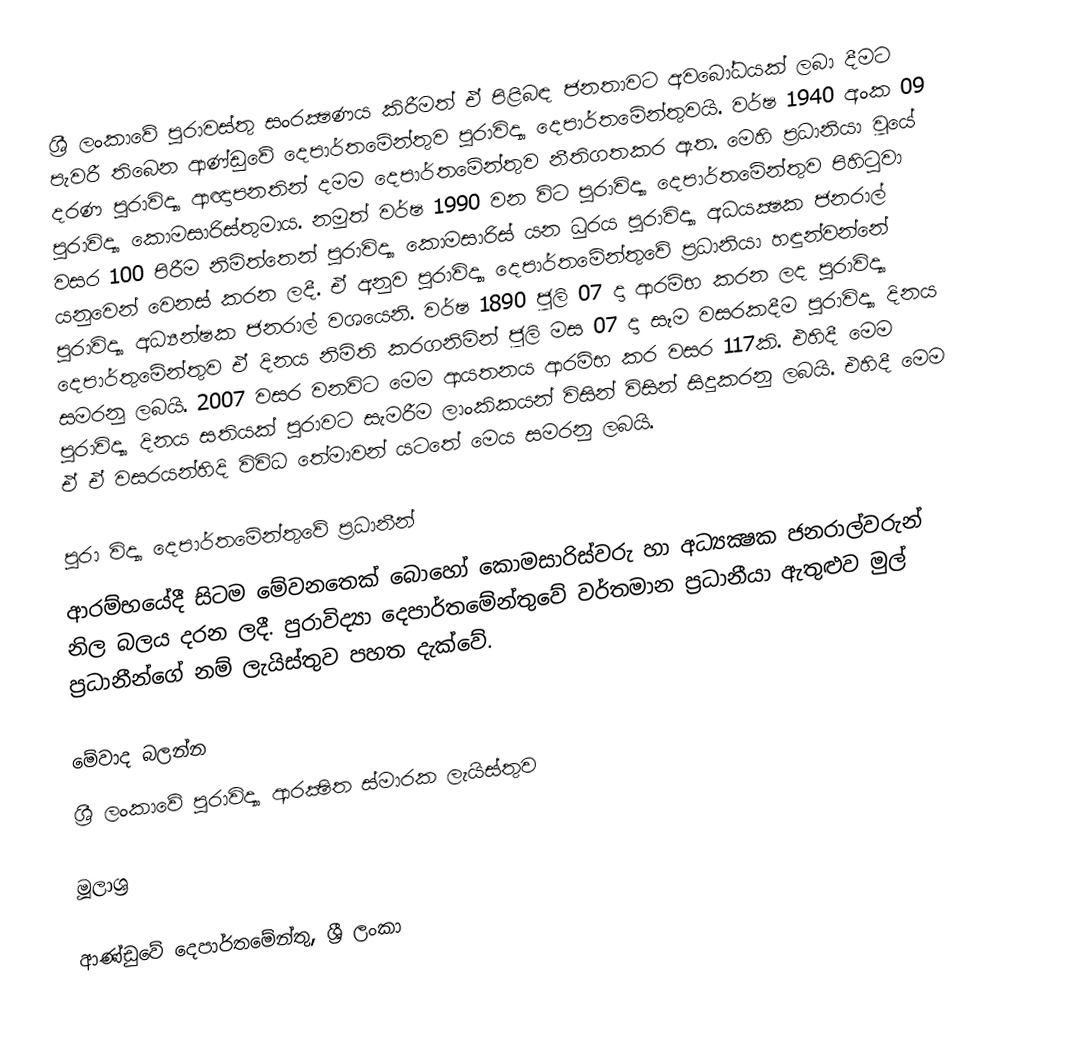
ශ්‍රී ලංකාවේ පුරාවස්තු සංරක්‍ෂණය කිරීමත් ඒ පිළිබඳ ජනතාවට අවබෝධයක් ලබා දීමට පැවරී තිබෙන ආණ්ඩුවේ දෙපාර්තමේන්තුව පුරාවිද්‍යා දෙපාර්තමේන්තුවයි. වර්ෂ 1940 අංක 09 දරණ පුරාවිද්‍යා ආඥාපනතින් දමම දෙපාර්තමේන්තුව නීතිගතකර ඇත. මෙහි ප්‍රධානියා වූයේ පුරාවිද්‍යා ‍කොමසාරිස්තුමාය. නමුත් වර්ෂ 1990 වන විට පුරාවිද්‍යා දෙපාර්තමේන්තුව පිහිටුවා වසර 100 පිරීම නිමිත්තෙන් පුරාවිද්‍යා කොමසාරිස් යන ධුරය පුරාවිද්‍යා අධයක්‍ෂක ජනරාල් යනුවෙන් වෙනස් කරන ලදී. ඒ අනුව පුරාවිද්‍යා දෙපාර්තමේන්තු‍වේ ප්‍රධානියා හඳුන්වන්නේ පුරාවිද්‍යා අධ්‍යන්‍ෂක ජනරාල් වශයෙනි. වර්ෂ 1890 ජූලි 07 දා ආරම්භ කරන ලද පුරාවිද්‍යා දෙපාර්තුමේන්තුව ඒ දිනය නිමිති කරගනිමින් ජූලි මස 07 දා සෑම වසරකදීම පුරාවිද්‍යා දිනය සමරනු ලබයි. 2007 වසර වනවිට මෙම ආයතනය ආරමිභ කර වසර 117කි. එහිදී මෙම පුරාවිද්‍යා දිනය සතියක් පුරාවට සැමරීම ලාංකිකයන් විසින් විසින් සිදුකරනු ලබයි. එහිදී මෙම ඒ ඒ වසරයන්හිදි විවිධ තේමාවන් යටතේ මෙය සමරනු ලබයි.

පුරා විද්‍යා දෙපාර්තමේන්තුවේ ප්‍රධානීන්
ආරම්භයේදී සිටම මේවනතෙක්  බොහෝ කොමසාරිස්වරු හා අධ්‍යක්‍ෂක ජනරාල්වරුන් නිල බලය දරන ලදී. පුරාවිද්‍යා දෙපාර්තමේන්තුවේ වර්තමාන ප්‍රධානීයා ඇතුළුව මුල් ප්‍රධානීන්ගේ නම් ලැයිස්තුව පහත දැක්වේ.

මේවාද බලන්න
 ශ්‍රී ලංකාවේ පුරාවිද්‍යා ආරක්‍ෂිත ස්මාරක ලැයිස්තුව‎

මූලාශ්‍ර

ආණ්ඩුවේ දෙපාර්තමේන්තු, ශ්‍රී ලංකා